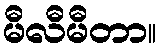
မီလီမီတာ။